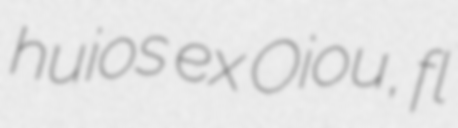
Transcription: huios ex Oiou, fl